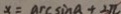
x = \arcsin a + 2 \pi